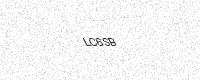
Text: LC6SB